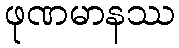
ဖုဏမာနဿ